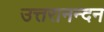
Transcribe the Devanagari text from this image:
उत्तरानन्दन